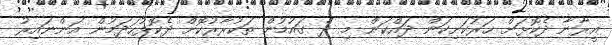
އީރާނާ ދެކޮޅަށް ހަރުކަށިކަން ދައްކަން މި ދެ ގައުމުން ތަކުރާރުކޮށް ދެކޮޅުހަދަމުން އަންނައިރު